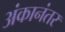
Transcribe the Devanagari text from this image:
अंकानंतर